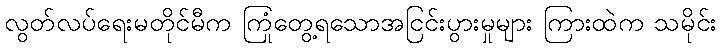
လွတ်လပ်ရေးမတိုင်မီက ကြုံတွေ့ရသောအငြင်းပွားမှုများ ကြားထဲက သမိုင်း